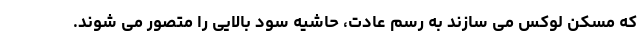
که مسکن لوکس می سازند به رسم عادت، حاشیه سود بالایی را متصور می شوند.